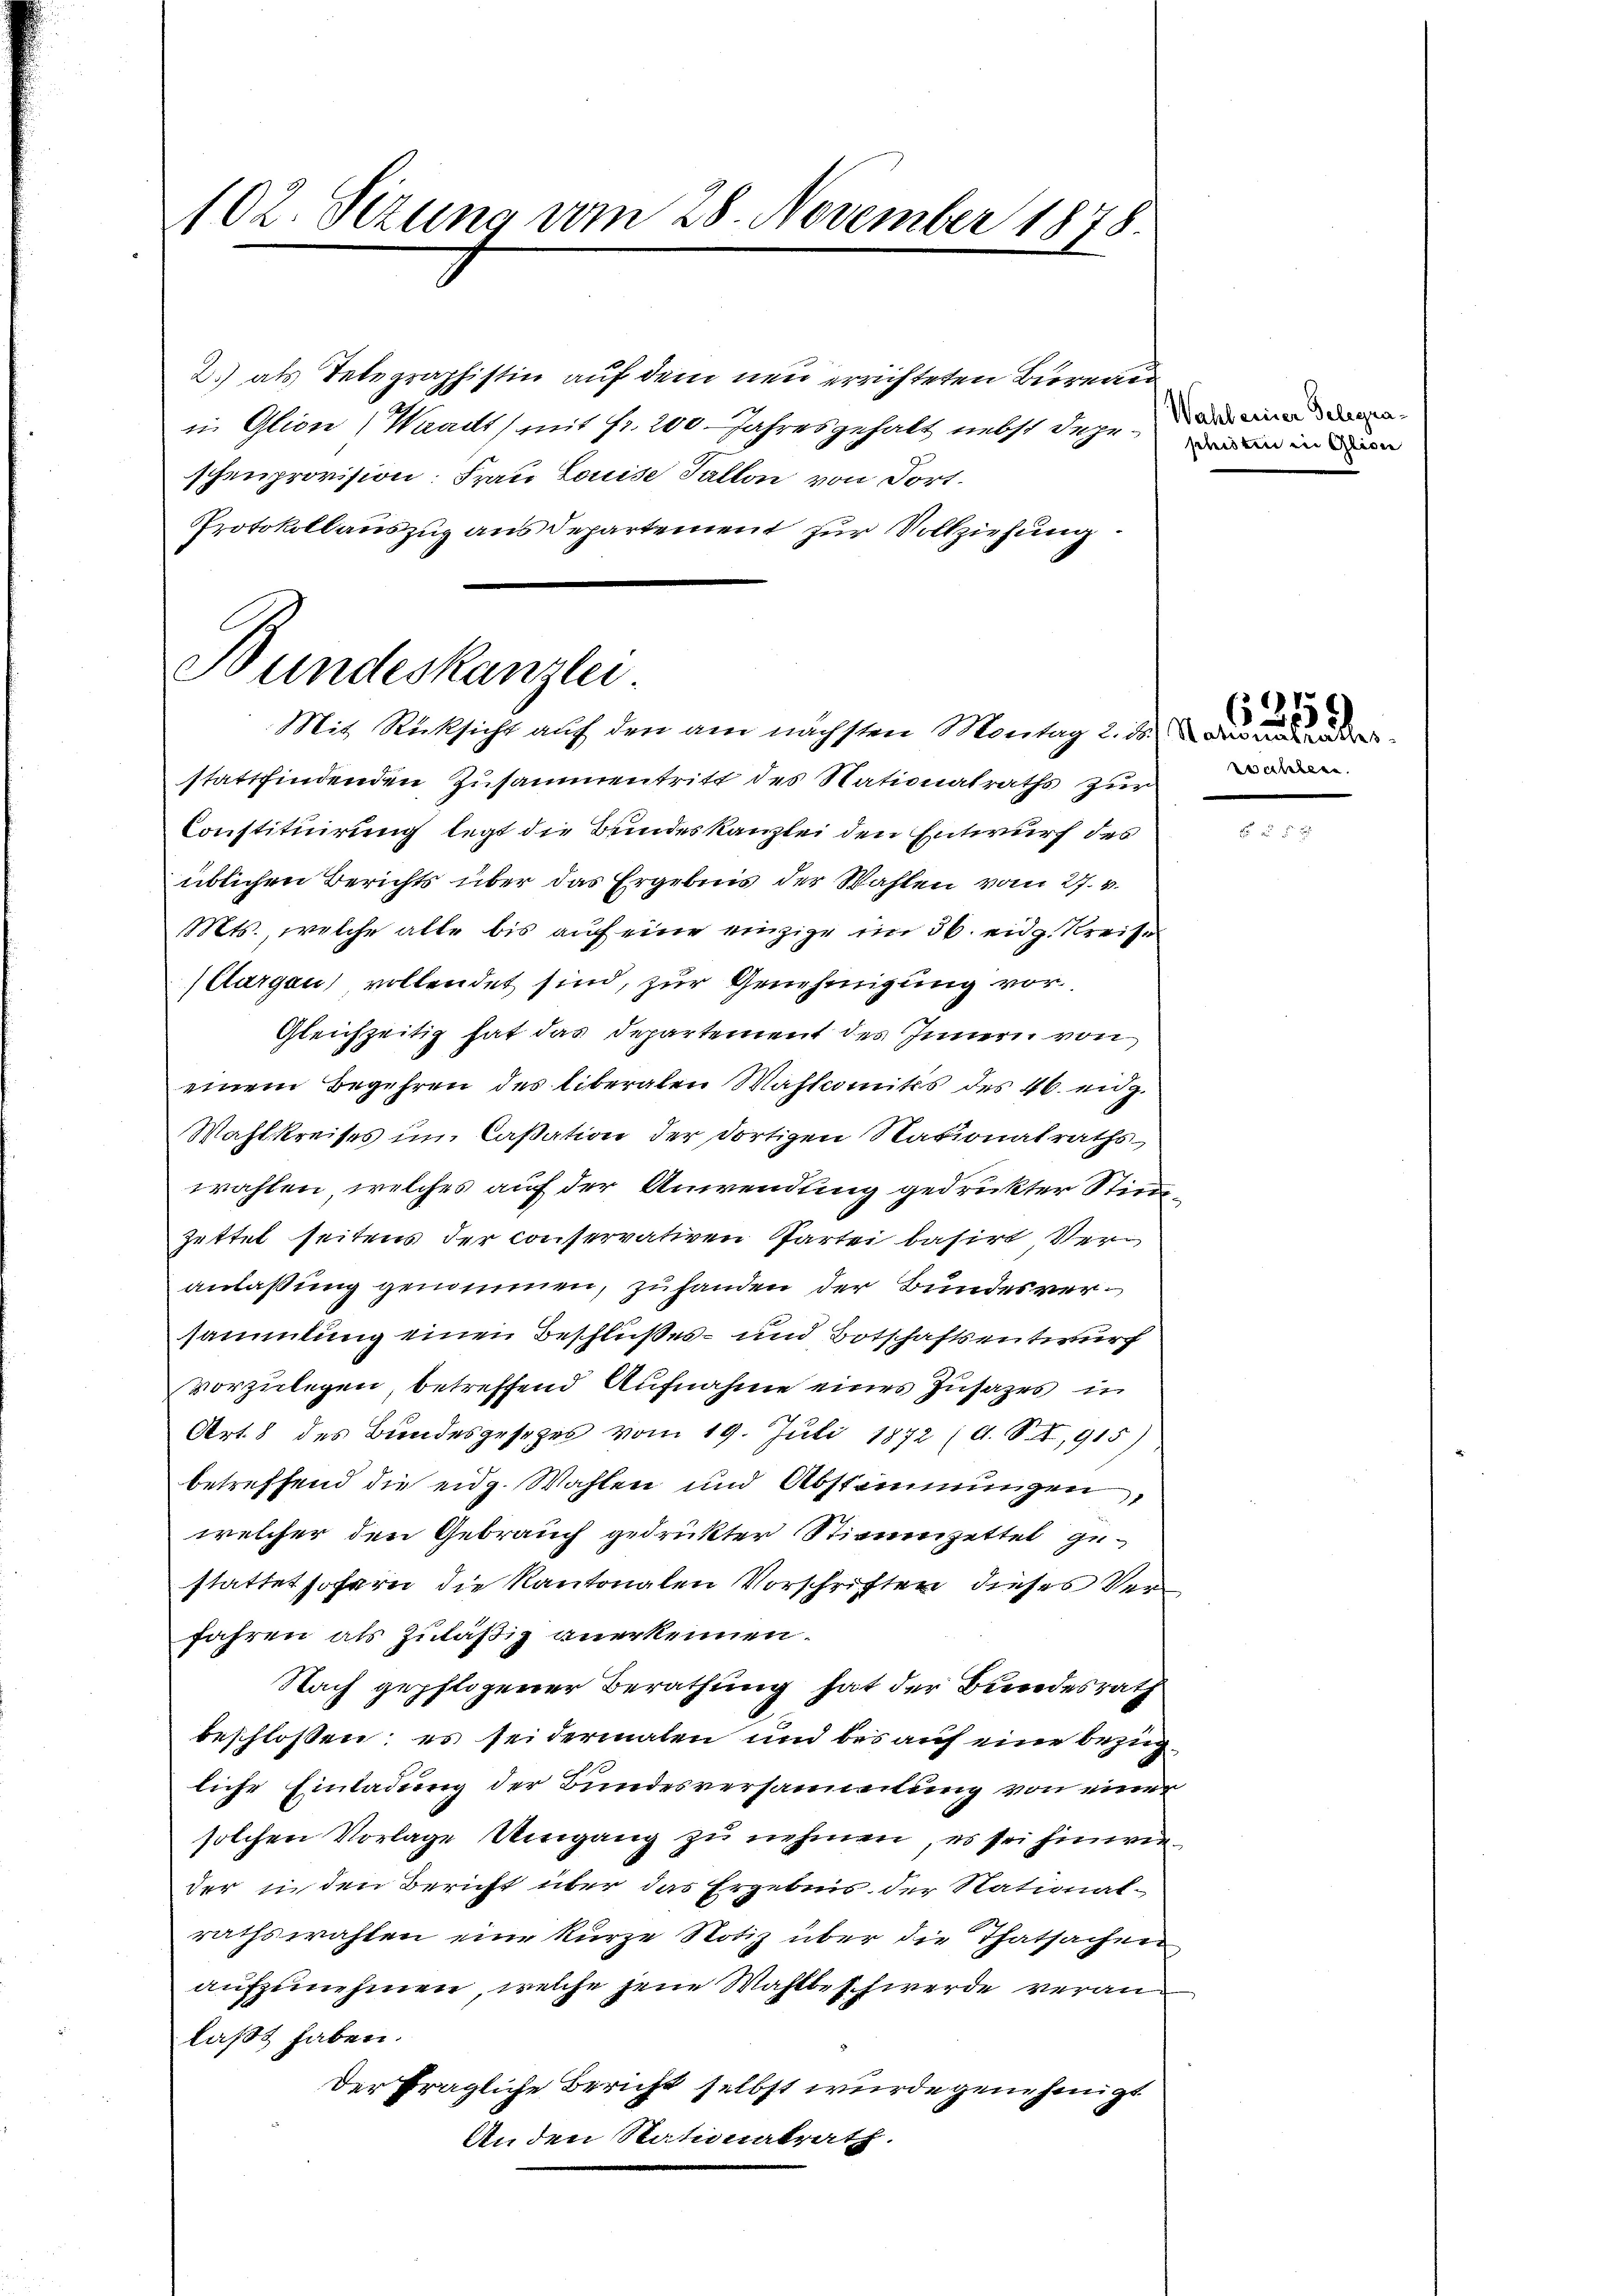
102. Sezung vom 28. November 1878.

2.) als Telegraphistin auf dem neu errichteten Bureaiii Glion, Waadt) mit Fr. 200 Jahresgehalt nebst dageschenprovision: Frau Louise Tallon von Fort¬
Protokollauszug aus departement zur Vollziehung

Bundeskanzlei

Mit Rücksicht auf den am nächsten Montag 2. ds. an de

stattfindenden Zusammentritt des Nationalraths zur
Constituirung legt die Bundeskanzlei den Entwurf des
üblichen Berichts über das Ergebnis der Wahlen vom 27. v.
Mts., welche alle bis auf eine einzige im 3. eidg. Kreise
(Aargau vollendet sind, zur Genehmigung vor
Gleichzeitig hat das Departement des Innern von
einem Begehren des liberalen Wahlcomitis des 46. eidg.
Wahlkreises im Caßation der dortigen Nationalraths
wahlen, welches auf der Anwendung gedruckter Stimm¬
Zettet seitens der conservativen Partei basirt Veranlaßung genommen, zu handen der Bundesversammlung einen Beschlußes – und Botschaftsentwurf
vorzulegen, betreffend Aufnahme eines Zusages in
Art. 8 des Bundesgesezes vom 19. Juli 1872 (s. S. I, 915)
betreffend die eidg. Wahlen und Abstimmungen,
welcher den Gebrauch gedrukter Stimmzettel gestattet sofern die Kantonalen Vorschriften dieses Verfahren als Zuläßig anerkennen.
Nach gepflogener Berathung hat der Bundesrath
beschlossen; es sei dermalen und bei auf eine bezügliche Einladung der Bundesversammlung von einer
solchen Vorlage Umgang zu nehmen, es sei hinwieder in den Bericht über das Ergebnis der National-
rathswahlen eine kurze Notiz über die Thatsachen
aufzunehmen, welche jene Wahlbeschwerde veranlaßt haben.
Der fragliche Bericht selbst wurde genehmigt
An den Stationalrath.

Wahl einer Gelegra
sidten in Alion

zwahlen.

315.